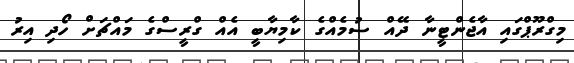
މިގްރޫޕްގައި އާޖެންޓީނާ ދޭއް ސުމެއްގެ ކާމިޔާބީ އެއް ގްރީސްގެ މައްޗަށް ހޯދި އިރު